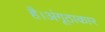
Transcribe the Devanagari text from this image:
है।अंगूठाकार